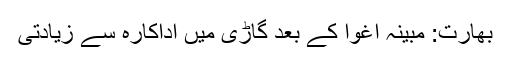
بھارت: مبینہ اغوا کے بعد گاڑی میں اداکارہ سے زیادتی